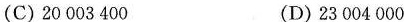
(C)20003400 (D)23004000